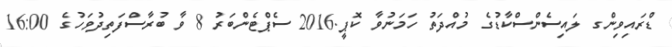
ޑްރައިވިންގ ލައިސެންސްކާޑުގެ މުއްދަތު ހަމަނުވާ ކޮޕީ.2016 ސެޕްޓެންބަރު 8 ވާ ބުރާސްފަތިދުވަހުގެ 16:00